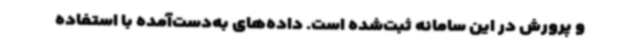
و پرورش در این سامانه ثبت‌شده است. داده‌های به‌دست‌آمده با استفاده